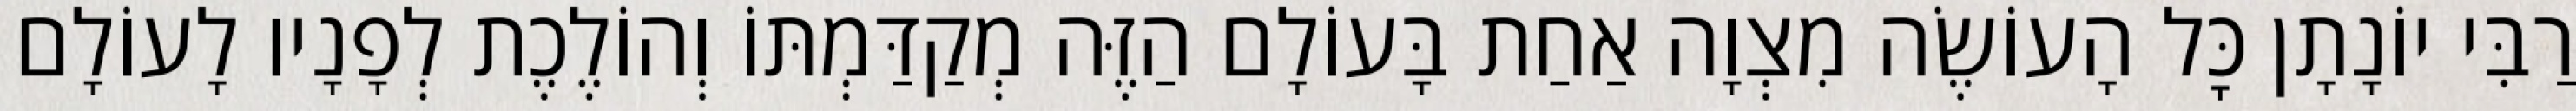
רַבִּי יוֹנָתָן כׇּל הָעוֹשֶׂה מִצְוָה אַחַת בָּעוֹלָם הַזֶּה מְקַדַּמְתּוֹ וְהוֹלֶכֶת לְפָנָיו לָעוֹלָם